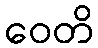
ဝေတိ